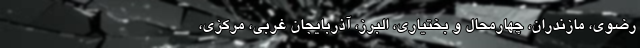
رضوی، مازندران، چهارمحال و بختیاری، البرز، آذربایجان غربی، مرکزی،